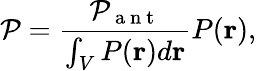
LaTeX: \mathcal{P}=\frac{\mathcal{P}_{\mathrm{~a~n~t~}}}{\int_{V}P(\mathbf{r})d\mathbf{r}}P(\mathbf{r}),